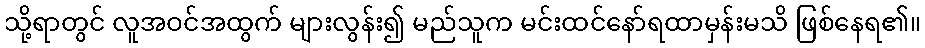
သို့ရာတွင် လူအဝင်အထွက် များလွန်း၍ မည်သူက မင်းထင်နော်ရထာမှန်းမသိ ဖြစ်နေရ၏။